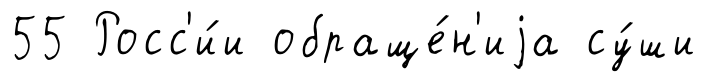
55 Росс'и́и обраще́н'иjа су́ши